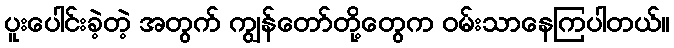
ပူးပေါင်းခဲ့တဲ့ အတွက် ကျွန်တော်တို့တွေက ဝမ်းသာနေကြပါတယ်။